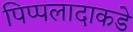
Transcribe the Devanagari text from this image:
पिप्पलादाकडे